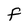
Character: f